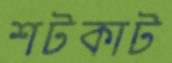
শটকাট